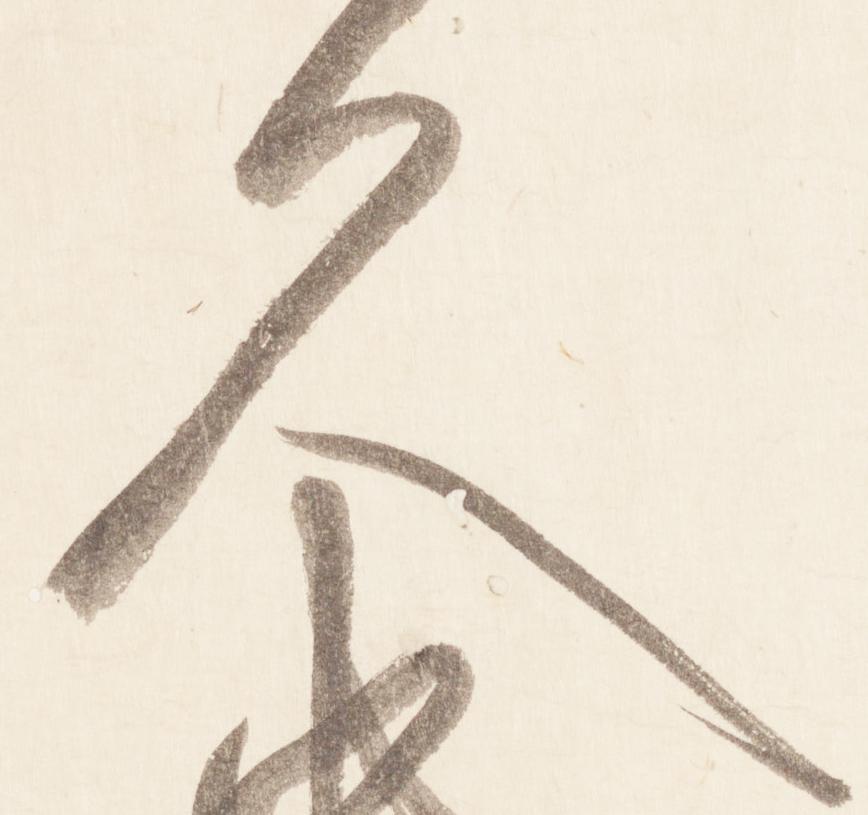
久